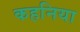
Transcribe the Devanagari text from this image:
कहनिया